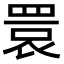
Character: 睘